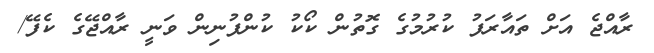
ރާއްޖެ އަށް ތައާރަފު ކުރުމުގެ ގޮތުން ކޯކު ކުންފުނިން ވަނީ ރާއްޖޭގެ ކެފޭ/